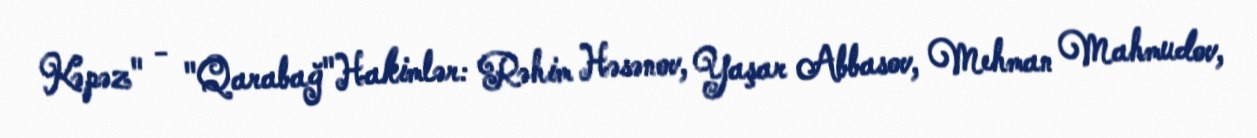
Kəpəz" - "Qarabağ"Hakimlər: Rəhim Həsənov, Yaşar Abbasov, Mehman Mahmudov,